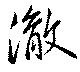
澈